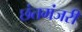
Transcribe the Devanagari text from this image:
छंतमंजरी